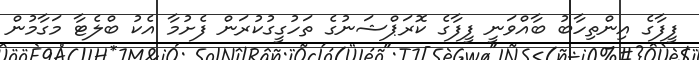
ފީފާގެ އިންތިހާބު ބާއްވަނީ ފީފާގެ ކޮރަޕްޝަނުގެ ތަހުގީގުކުރަން ފެށުމާ އެކު ބްލެޓާ މަގާމުން